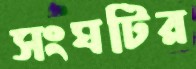
সংঘটির